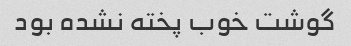
گوشت خوب پخته نشده بود